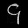
Digit: ၄